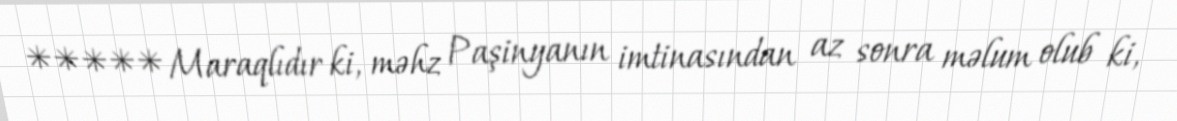
***** Maraqlıdır ki, məhz Paşinyanın imtinasından az sonra məlum olub ki,